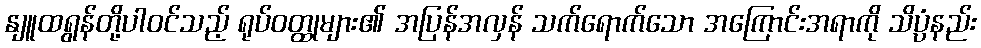
နျူထရွန်တို့ပါဝင်သည့် ရုပ်ဝတ္ထုများ၏ အပြန်အလှန် သက်ရောက်သော အကြောင်းအရာကို သိပ္ပံနည်း